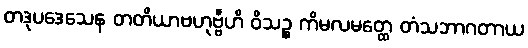
တဒုပဒေသေန တတိယာဗဟုဗ္ဗီဟိ ဝိသဉ္စ ကိမလမတ္ထေ တံသဘာဂတာယ